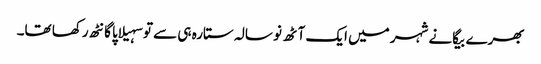
بھرے بیگانے شہر میں ایک آٹھ نو سالہ ستارہ ہی سے تو سہیلاپا گانٹھ رکھا تھا۔